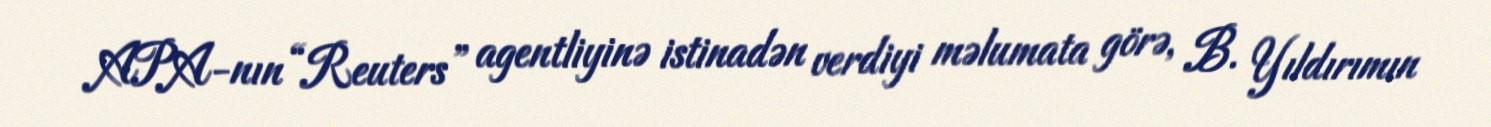
APA-nın “Reuters” agentliyinə istinadən verdiyi məlumata görə, B. Yıldırımın